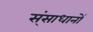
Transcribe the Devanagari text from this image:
स्ंसाधानों